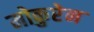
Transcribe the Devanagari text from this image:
मोकुरेन